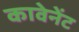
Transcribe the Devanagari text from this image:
कावेनेंट